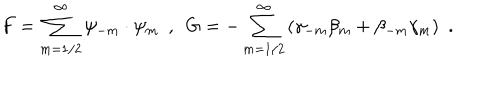
{ F } = { \sum _ { m = 1 / 2 } ^ { \infty } \psi _ { - m } \cdot \psi _ { m } } ~ ~ , ~ ~ { G } = { - \sum _ { m = 1 / 2 } ^ { \infty } \left( \gamma _ { - m } \beta _ { m } + \beta _ { - m } \gamma _ { m } \right) } ~ ~ .